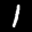
Label: 1